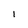
Character: 1